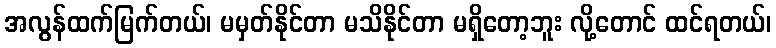
အလွန်ထက်မြက်တယ်၊ မမှတ်နိုင်တာ မသိနိုင်တာ မရှိတော့ဘူး လို့တောင် ထင်ရတယ်၊